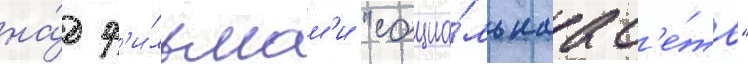
на́д ф'и́льмам'и "социа́льнаа с'е́ть"